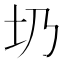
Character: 𡉁